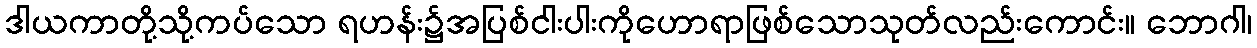
ဒါယကာတို့သို့ကပ်သော ရဟန်း၌အပြစ်ငါးပါးကိုဟောရာဖြစ်သောသုတ်လည်းကောင်း။ ဘောဂါ၊